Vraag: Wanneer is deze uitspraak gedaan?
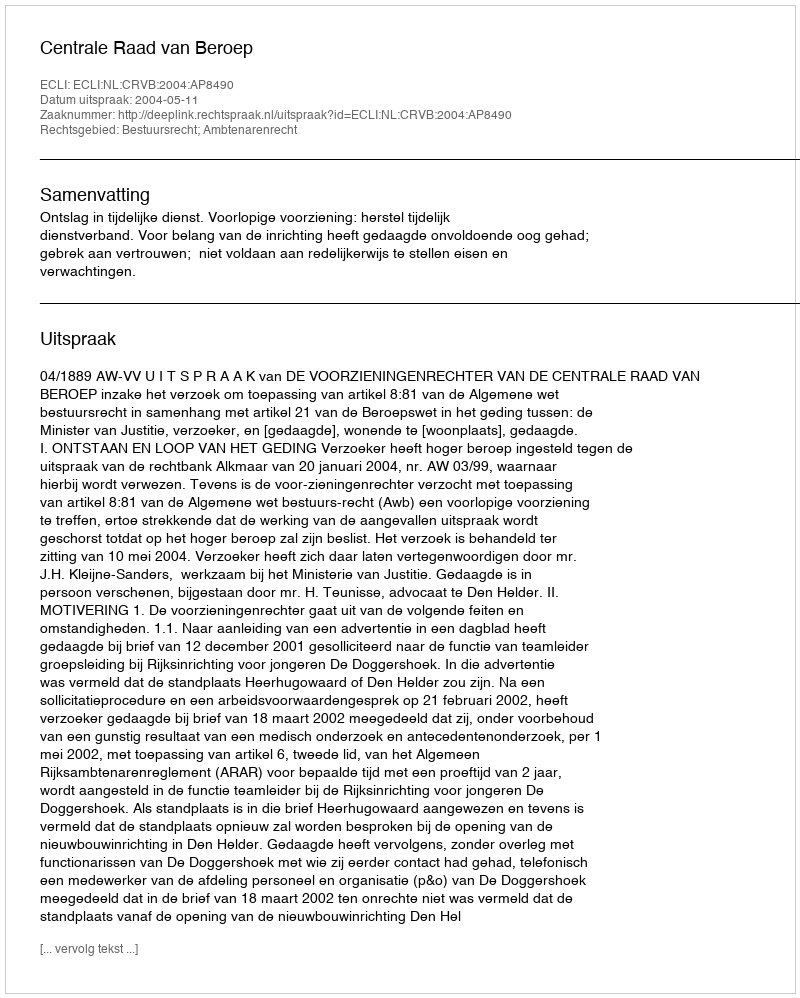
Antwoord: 2004-05-11